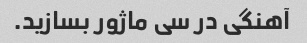
آهنگی در سی ماژور بسازید.